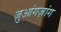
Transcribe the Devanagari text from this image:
ज़ुआंगज़ांग